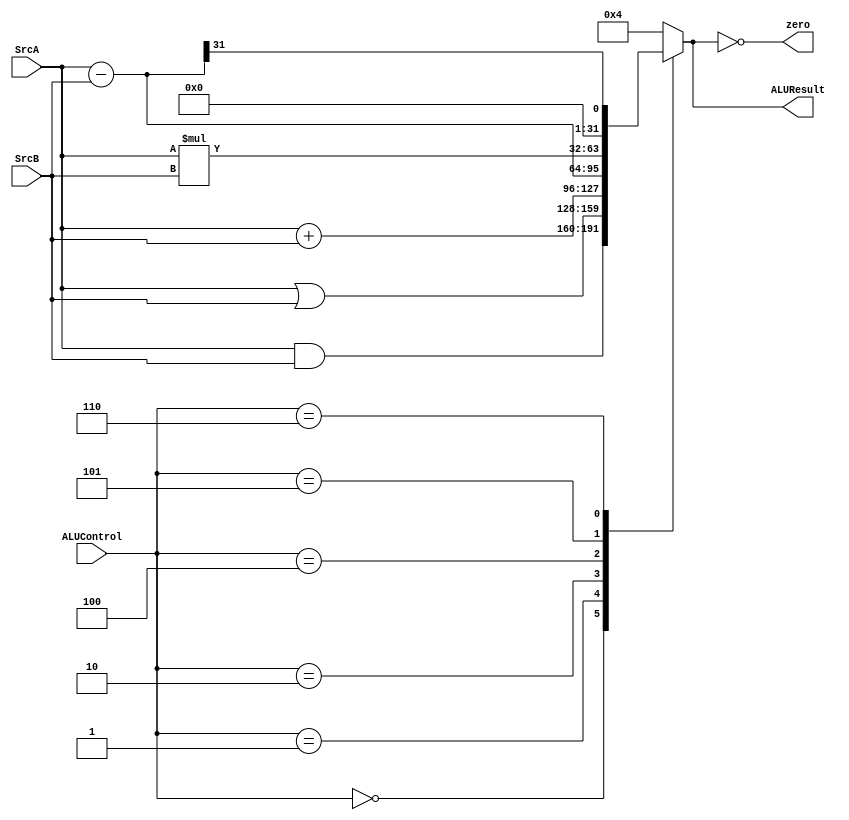
module ALU (
input	wire [31:0]	SrcA ,
input	wire [31:0]	SrcB ,
input	wire [2:0]	ALUControl ,
output	reg  [31:0]	ALUResult ,
output	wire	    zero
);

//Declaration of wires
wire  [31:0] and_o;
wire  [31:0] or_o;
wire  [31:0] add_o;
wire  [31:0] sub_o;
wire  [31:0] mul_o;
wire SLT_o;

//assign wires
assign and_o = SrcA & SrcB ; 
assign or_o  = SrcA | SrcB ;
assign add_o = SrcA + SrcB ;
assign sub_o = SrcA - SrcB ;
assign mul_o = SrcA * SrcB ;
assign SLT_o = sub_o[31] ;

always @ (*)
	begin
		case (ALUControl)
			//AND Operation
			3'b000 : ALUResult = and_o;
			//OR Operation
			3'b001 : ALUResult = or_o;
			//ADD Operation
			3'b010 : ALUResult = add_o;
			//Subtract Operation
			3'b100 : ALUResult = sub_o;
			//Multiply Operation
			3'b101 : ALUResult = mul_o;
			//SLT Operation
			3'b110 : ALUResult = SLT_o;
			//Default
			default : ALUResult = 32'd4;
        endcase
    end

assign zero = (ALUResult == 32'h0000);

endmodule